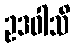
ဥဒဝါသိ